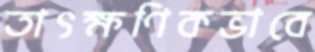
তাৎক্ষণিকভাবে